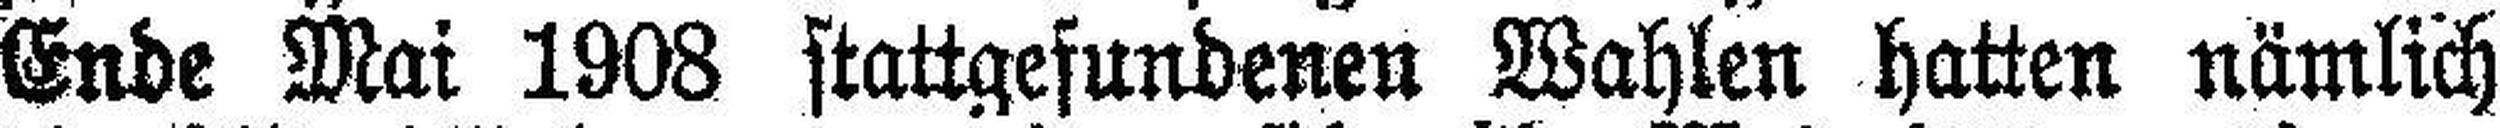
Ende Mai 1908 stattgefundeneu Wahlen hatten nämlich